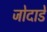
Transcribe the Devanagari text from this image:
जोदाडे